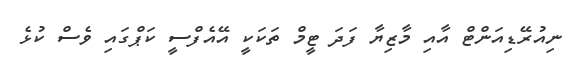
ނިއުރޭޑިއަންޓް އާއި މާޒިޔާ ފަދަ ޓީމް ތަކަކީ އޭއެފްސީ ކަޕްގައި ވެސް ކުޅެ